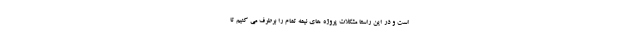
است و در این راستا مشکلات پروژه های نیمه تمام را برطرف می کنیم تا